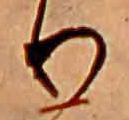
り